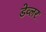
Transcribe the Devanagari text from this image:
डेव्लर